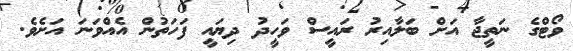
ވޯޓްގެ ނަތީޖާ އަށް ބަލާއިރު ރައީސް ވަހީދު ދިޔައީ ފަހަތުން އެއްވަނަ އަށެވެ.